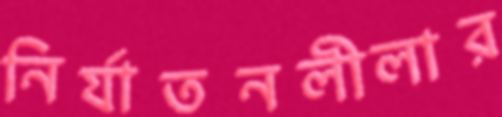
নির্যাতনলীলার